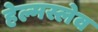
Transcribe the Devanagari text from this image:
हेल्मस्लेव